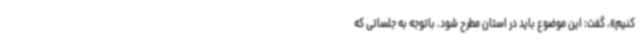
کنیم»، گفت: این موضوع باید در استان مطرح شود. باتوجه به جلساتی که